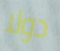
دولا